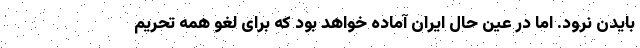
بایدن نرود. اما در عین حال ایران آماده خواهد بود که برای لغو همه تحریم